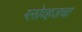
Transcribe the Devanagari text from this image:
ग्लोव्हजचा